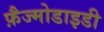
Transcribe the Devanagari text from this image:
फ़ैज्मोडाइडी